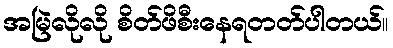
အမြဲလိုလို စိတ်ဖိစီးနေရတတ်ပါတယ်။